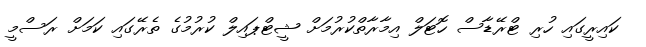
ކައިރީގައި ހުރި ޓްރޭޑާސް ހޮޓަލް އިމާރާތްކުރުމަށް ޝީޓްޕައިލް ކުރުމުގެ ތެރޭގައި ކަމަށް ރަސްމީ